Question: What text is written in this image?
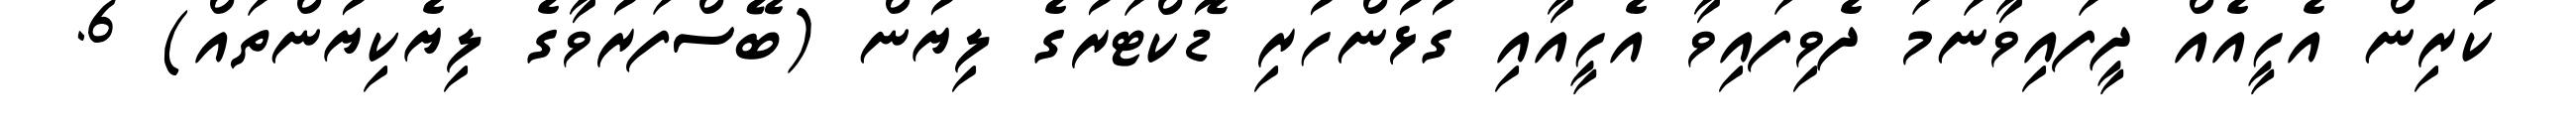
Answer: ކުރިން އެހީއެއް ދީފައިވާނަމަ ދެވިފައިވާ އެހީއާއި ގުޅުންހުރި ޑޮކްޓަރުގެ ލިޔުން (ބޭސްފަރުވާގެ ލިޔެކިޔުންތައް) 6.